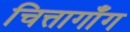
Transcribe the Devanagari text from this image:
चित्तागाँग